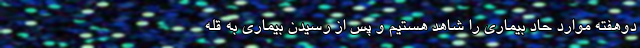
دوهفته موارد حاد بیماری را شاهد هستیم و پس از رسیدن بیماری به قله